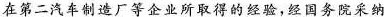
在第二汽车制造厂等企业所取得的经验，经国务院采纳